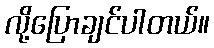
လို့ပြောချင်ပါတယ်။